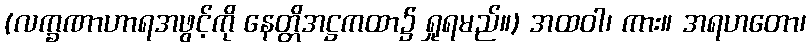
(လက္ခဏာဟာရအဖွင့်ကို နေတ္တိအဋ္ဌကထာ၌ ရှုရမည်။) အထဝါ၊ ကား။ အရဟတော၊